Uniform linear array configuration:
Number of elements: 12
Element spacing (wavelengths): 0.5
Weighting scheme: cosine
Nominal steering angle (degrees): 45
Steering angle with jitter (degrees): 45.688
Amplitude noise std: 0.05
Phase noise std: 0.05

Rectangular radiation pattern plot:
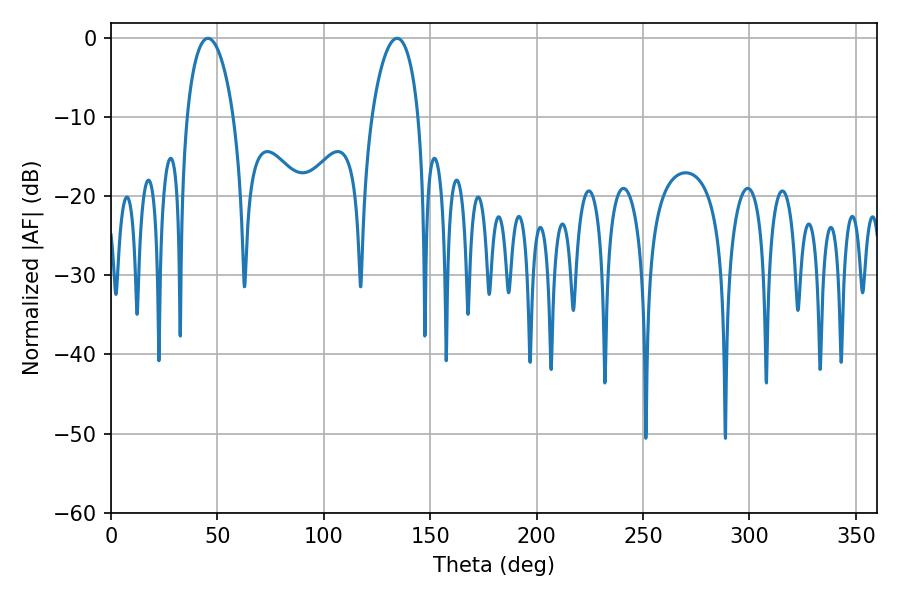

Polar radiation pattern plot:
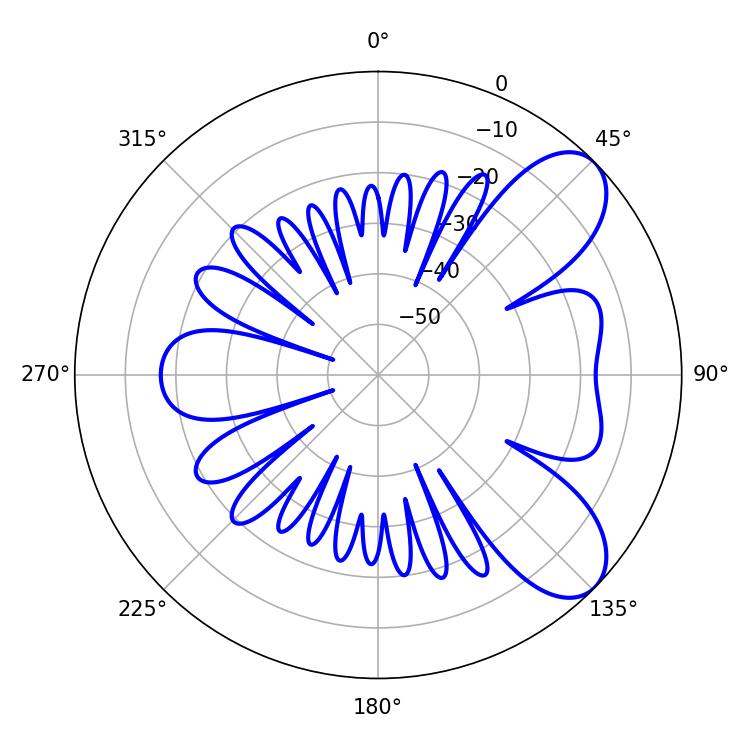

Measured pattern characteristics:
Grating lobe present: FALSE
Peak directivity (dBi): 7.698
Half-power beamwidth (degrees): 12.6
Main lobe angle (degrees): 45.54